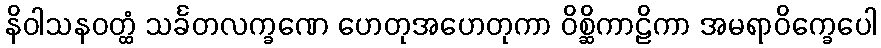
နိဝါသနဝတ္ထံ သင်္ခတလက္ခဏေ ဟေတုအဟေတုကာ ဝိစ္ဆိကာဠိကာ အမရာဝိက္ခေပေါ